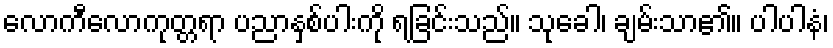
လောကီလောကုတ္တရာ ပညာနှစ်ပါးကို ရခြင်းသည်။ သုခေါ၊ ချမ်းသာ၏။ ပါပါနံ၊